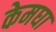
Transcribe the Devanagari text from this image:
केमघा